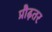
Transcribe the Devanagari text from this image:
प्रौढ़तर